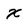
Character: x